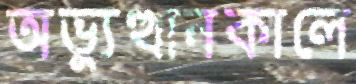
অভ্যুত্থানকালে